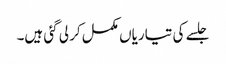
جلسے کی تیاریاں مکمل کر لی گئی ہیں۔